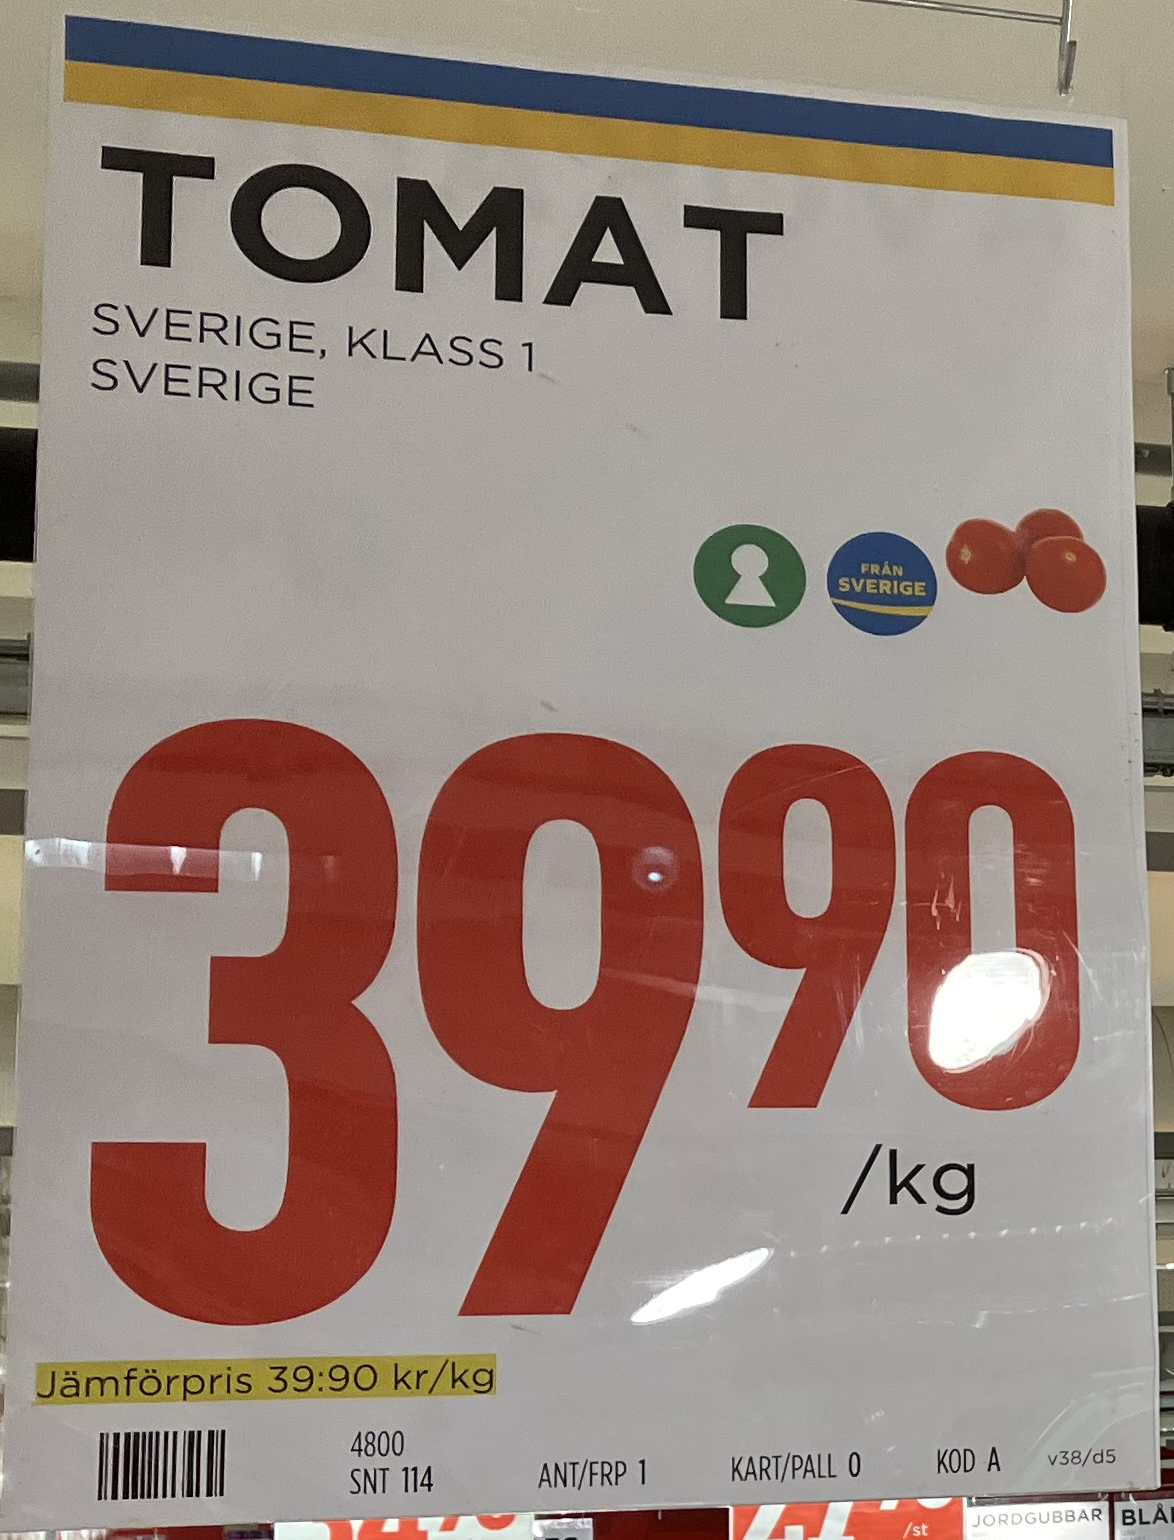
Vara: Tomat
Genomsnittspris: 39.9 per kg